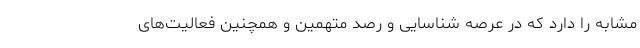
مشابه را دارد که در عرصه شناسایی و رصد متهمین و همچنین فعالیت‌های